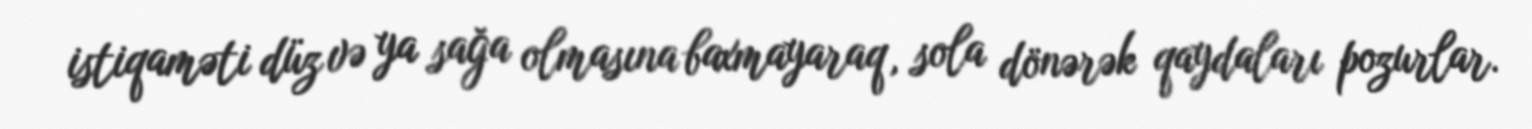
istiqaməti düz və ya sağa olmasına baxmayaraq, sola dönərək qaydaları pozurlar.